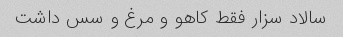
سالاد سزار فقط کاهو و مرغ و سس داشت